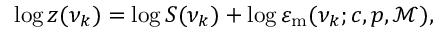
\begin{array} { r } { \log z ( \nu _ { k } ) = \log S ( \nu _ { k } ) + \log \varepsilon _ { \mathrm { { m } } } ( \nu _ { k } ; c , p , \mathcal { M } ) , } \end{array}